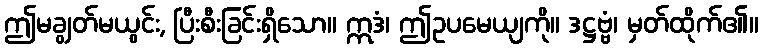
ဤမချွတ်မယွင်း, ပြီးစီးခြင်းရှိသော။ ဣဒံ၊ ဤဥပမေယျကို။ ဒဋ္ဌဗ္ဗံ၊ မှတ်ထိုက်၏။